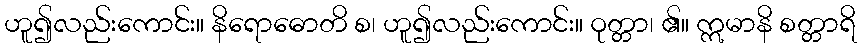
ဟူ၍လည်းကောင်း။ နိရောဓောတိ စ၊ ဟူ၍လည်းကောင်း။ ဝုတ္တာ၊ ၏။ ဣမာနိ စတ္တာရိ